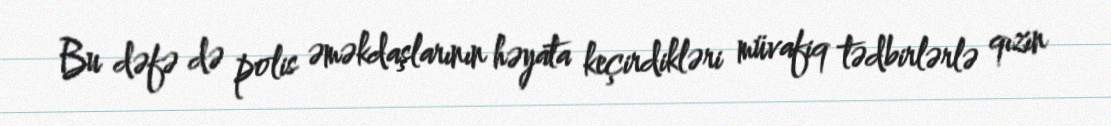
Bu dəfə də polis əməkdaşlarının həyata keçirdikləri müvafiq tədbirlərlə qızın